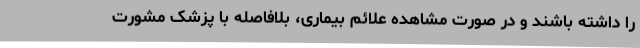
را داشته باشند و در صورت مشاهده علائم بیماری، بلافاصله با پزشک مشورت